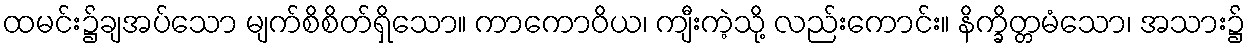
ထမင်း၌ချအပ်သော မျက်စိစိတ်ရှိသော။ ကာကောဝိယ၊ ကျီးကဲ့သို့ လည်းကောင်း။ နိက္ခိတ္တမံသော၊ အသား၌